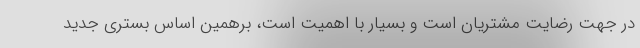
در جهت رضایت مشتریان است و بسیار با اهمیت است، برهمین اساس بستری جدید